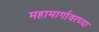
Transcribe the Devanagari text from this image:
महामार्गावरच्या